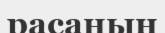
расаның